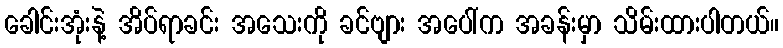
ခေါင်းအုံးနဲ့ အိပ်ရာခင်း အသေးကို ခင်ဗျား အပေါ်က အခန်းမှာ သိမ်းထားပါတယ်။